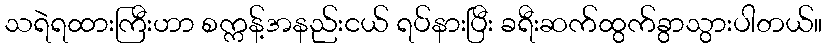
သရဲရထားကြီးဟာ စက္ကန့်အနည်းငယ် ရပ်နားပြီး ခရီးဆက်ထွက်ခွာသွားပါတယ်။